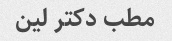
مطب دکتر لین